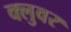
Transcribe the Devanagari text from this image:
क्लुवर